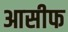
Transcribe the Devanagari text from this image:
आसीफ